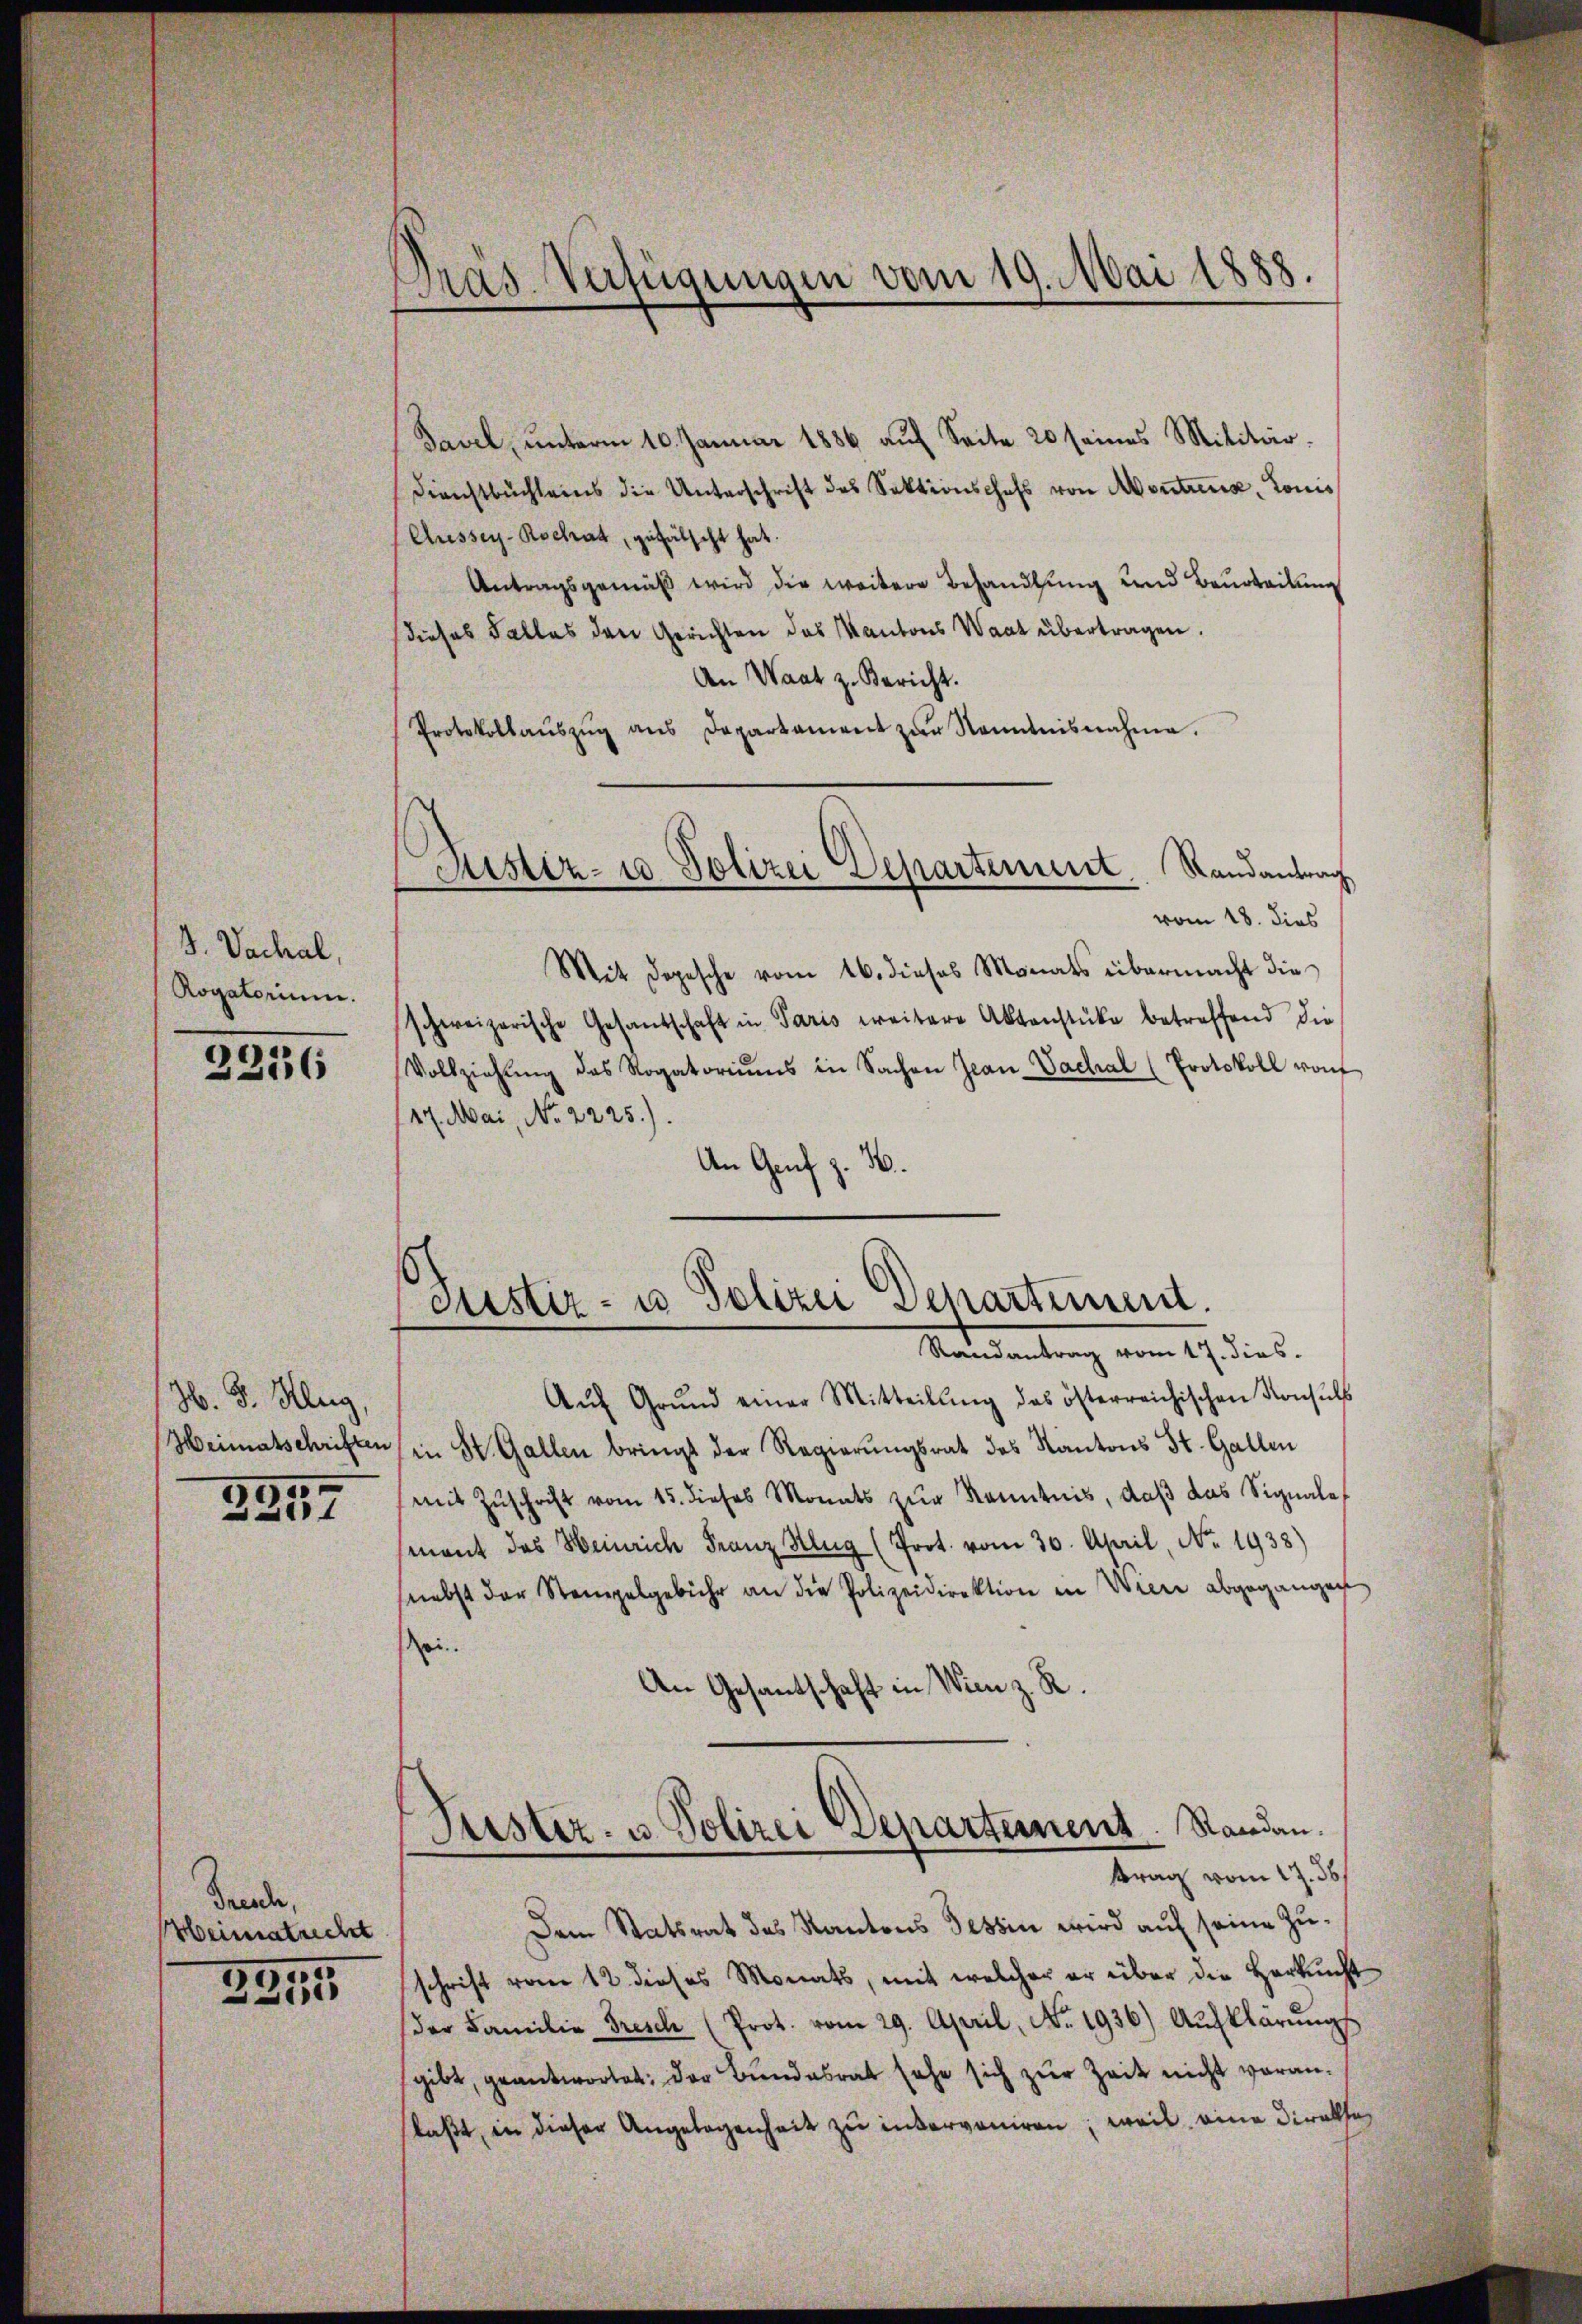
J. Vachal,
Rogatorium.

2236

H. 3. Klug
Heimatschriften

3257

Grunde,
Heimatrecht

3355

Präs. Verfügungen vom 19. Mai 1888.

Tavel, ŭnterm 10. Januar 1886 aŭf Seite 20 seines Militär-
Dienstbuchleins die Unterschrift des Sektionschefs von Montrens, Louis
Aussey-Rochat, gefälscht hat.
Antragsgemäß wird die weitere Behandlung und Beurteilung
dieses Falles den Gerichten des Kantons Waat übertragen.
An Waat z. Bericht.
Protokollaŭszŭg ans Departament zŭr Kenntnisnahme.

Justiz- u Polizei Departement. Randantrag

Justiz- u Polizei Departement.
Randantrag vom 17. dies

vom 18. dies
Mit Sopesche vom 16. dieses Monats übermacht die
schweizerische Gesandschaft in Paris weitere Aktenstücke betreffend die
Vollziehŭng des Rogatoriŭms in Sachen Jean Vachal (Protokoll von
17. Mai, No. 2225).
An Genf z. B.

Aŭf Grund einer Mitteilung das österreichischen Konsuls
in St. Gallen bringt der Regierŭngsrat des Kantons St. Gallen
mit Zŭschrift vom 15. dieses Monats zŭr Kenntnis, daβ das Signale
mant des Heinrich Franz Klug (Prot. vom 30. April, No. 1938)
snebst der Stempelgebühr an die Polizeidirektion in Wiere abgegangen
ei
An Gesandtschaft in Wien z. R.
Justiz- u. Polizei Departement. Standen.
ttrag vom 17. 361
Dem Statsrat des Kantons Tessin wird auf seine Zuschrift vom 12. dieses Monats, mit welcher er über die Herkucht
der Familie Dresch (Prot. vom 29. April, No. 1936.) Aufklärŭngs
gibt, geantwortet: der Bundesrat sehe sich zur Zeit nicht voranlaßt, in dieser Angelegenheit zu interveniren; weil eine Direkte